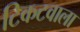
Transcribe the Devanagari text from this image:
टिकटवाला